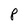
Character: P